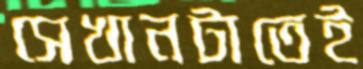
সেখানটাতেই